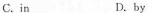
C.in D. by